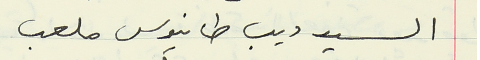
السيد ديب طانيوس ملعب